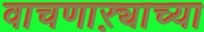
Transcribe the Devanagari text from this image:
वाचणाऱ्याच्या